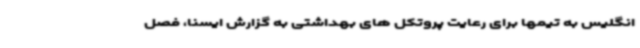
انگلیس به تیمها برای رعایت پروتکل های بهداشتی به گزارش ایسنا، فصل